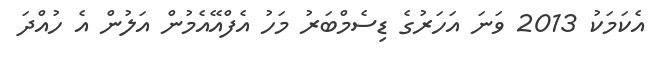
އެކަމަކު 2013 ވަނަ އަހަރުގެ ޑިސެމްބަރު މަހު އެފްއޭއެމުން އަލުން އެ ހުއްދަ